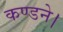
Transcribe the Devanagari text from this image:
कण्डने।